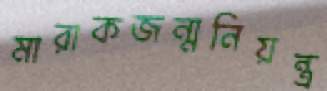
মারাকজন্মনিয়ন্ত্র